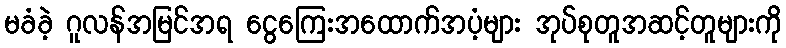
မခံခဲ့ ဂူလန်အမြင်အရ ငွေကြေးအထောက်အပံ့များ အုပ်စုတူအဆင့်တူများကို